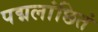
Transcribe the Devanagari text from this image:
पद्मलांछितं